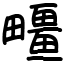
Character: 疅